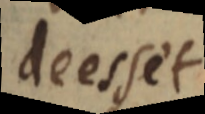
deesset